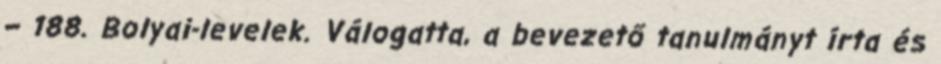
– 188. Bolyai-levelek. Válogatta, a bevezető tanulmányt írta és